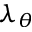
\lambda _ { \theta }